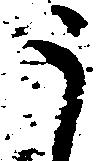
う